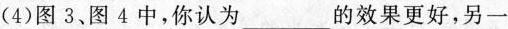
(4)图3、图4中，你认为_____的效果更好，另一